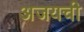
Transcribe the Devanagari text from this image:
अजयची